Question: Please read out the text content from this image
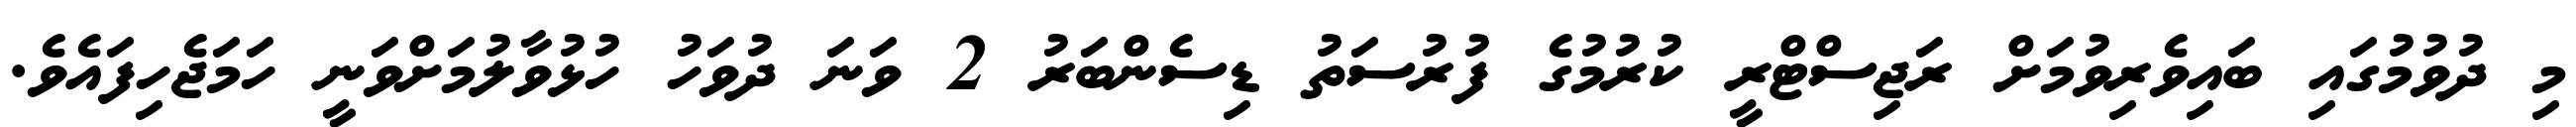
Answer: މި ދުވުމުގައި ބައިވެރިވުމަށް ރަޖިސްޓްރީ ކުރުމުގެ ފުރުސަތު ޑިސެންބަރު 2 ވަނަ ދުވަހު ހުޅުވާލުމަށްވަނީ ހަމަޖެހިފައެވެ.